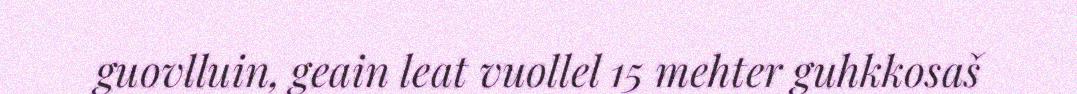
guovlluin, geain leat vuollel 15 mehter guhkkosaš